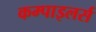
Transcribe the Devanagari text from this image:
कम्पाइलर्स